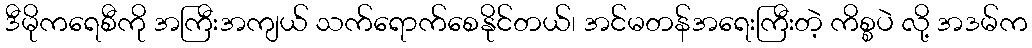
ဒီမိုကရေစီကို အကြီးအကျယ် သက်ရောက်စေနိုင်တယ်၊ အင်မတန်အရေးကြီးတဲ့ ကိစ္စပဲ လို့ အဒမ်က